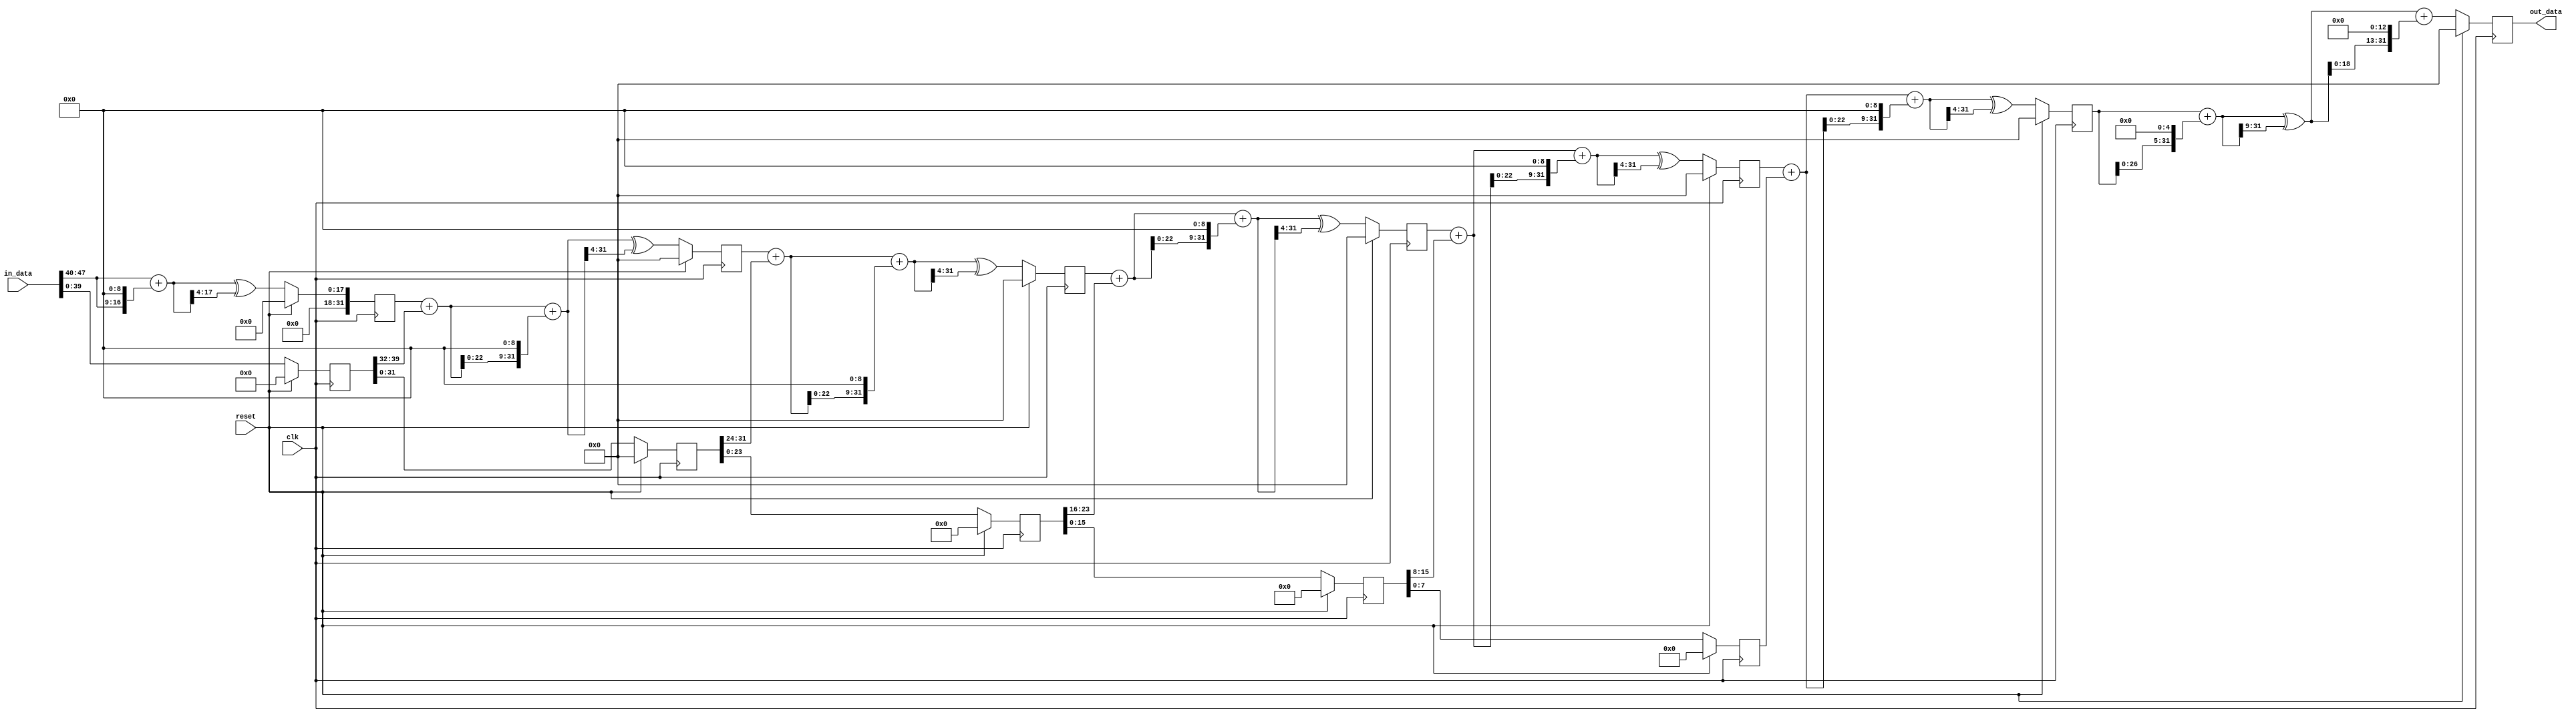
module one_at_a_time1(clk, reset, in_data, out_data);
input             clk, reset;
input      [47:0] in_data;
output reg [31:0] out_data;

//  ---   wires
wire   [31:0] hash_0_0, hash_0_1, hash_0_2;
wire   [31:0] hash_1_0, hash_1_1, hash_1_2;
wire   [31:0] hash_2_0, hash_2_1, hash_2_2;
wire   [31:0] hash_3_0, hash_3_1, hash_3_2;
wire   [31:0] hash_4_0, hash_4_1, hash_4_2;
wire   [31:0] hash_5_0, hash_5_1, hash_5_2;
wire   [31:0] hash_6_0, hash_6_1, hash_6_2;

//  ---   regs
reg    [31:0] hash_reg_0_2;
reg    [31:0] hash_reg_1_2;
reg    [31:0] hash_reg_2_2;
reg    [31:0] hash_reg_3_2;
reg    [31:0] hash_reg_4_2;
reg    [31:0] hash_reg_5_2;

reg    [39:0] in_data_reg_0;
reg    [31:0] in_data_reg_1;
reg    [23:0] in_data_reg_2;
reg    [15:0] in_data_reg_3;
reg    [7:0]  in_data_reg_4;


/**-------------- Logic ----------------**/
// charater[0]
assign        hash_0_0  =   {24'd0, in_data[47:40]};
assign        hash_0_1  =   hash_0_0 + (hash_0_0 << 9);
assign        hash_0_2  =   hash_0_1 ^ (hash_0_1 >> 4);
// charater[1]

assign        hash_1_0  =   hash_reg_0_2 + in_data_reg_0[39:32];
assign        hash_1_1  =   hash_1_0     + (hash_1_0 << 9);
assign        hash_1_2  =   hash_1_1     ^ (hash_1_1 >> 4);
// charater[2]
assign        hash_2_0  =   hash_reg_1_2 + in_data_reg_1[31:24];
assign        hash_2_1  =   hash_2_0     + (hash_2_0 << 9);
assign        hash_2_2  =   hash_2_1     ^ (hash_2_1 >> 4);
// charater[3]
assign        hash_3_0  =   hash_reg_2_2 + in_data_reg_2[23:16];
assign        hash_3_1  =   hash_3_0     + (hash_3_0 << 9);
assign        hash_3_2  =   hash_3_1     ^ (hash_3_1 >> 4);
// charater[4]
assign        hash_4_0  =   hash_reg_3_2 + in_data_reg_3[15:8];
assign        hash_4_1  =   hash_4_0     + (hash_4_0 << 9);
assign        hash_4_2  =   hash_4_1     ^ (hash_4_1 >> 4);
// charater[5]
assign        hash_5_0  =   hash_reg_4_2 + in_data_reg_4[7:0];
assign        hash_5_1  =   hash_5_0     + (hash_5_0 << 9);
assign        hash_5_2  =   hash_5_1     ^ (hash_5_1 >> 4);
// last compute
assign        hash_6_0  =   hash_reg_5_2 + (hash_reg_5_2 << 5);
assign        hash_6_1  =   hash_6_0     ^ (hash_6_0 >> 9);
assign        hash_6_2  =   hash_6_1     + (hash_6_1 << 13);



/**----- pipeline registers -------**/
always @(posedge clk) begin
    if(reset) begin
	    hash_reg_0_2  <= 32'd0;
	    hash_reg_1_2  <= 32'd0;
	    hash_reg_2_2  <= 32'd0;
	    hash_reg_3_2  <= 32'd0;
	    hash_reg_4_2  <= 32'd0;
	    hash_reg_5_2  <= 32'd0;
		in_data_reg_0 <= 40'd0;
		in_data_reg_1 <= 32'd0;
		in_data_reg_2 <= 24'd0;
		in_data_reg_3 <= 16'd0;
		in_data_reg_4 <= 8'd0;
        out_data      <= 32'd0;
	end
	else begin	    
	    hash_reg_0_2   <=   hash_0_2;
	    hash_reg_1_2   <=   hash_1_2;
	    hash_reg_2_2   <=   hash_2_2;
	    hash_reg_3_2   <=   hash_3_2;
	    hash_reg_4_2   <=   hash_4_2;
	    hash_reg_5_2   <=   hash_5_2;
		in_data_reg_0  <=   in_data[39:0];
		in_data_reg_1  <=   in_data_reg_0[31:0];
		in_data_reg_2  <=   in_data_reg_1[23:0];
		in_data_reg_3  <=   in_data_reg_2[15:0];
		in_data_reg_4  <=   in_data_reg_3[7:0];
        out_data       <=   hash_6_2;
	end
end
endmodule